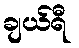
ချယ်ရီ